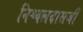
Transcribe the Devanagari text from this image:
निश्चलदासजी